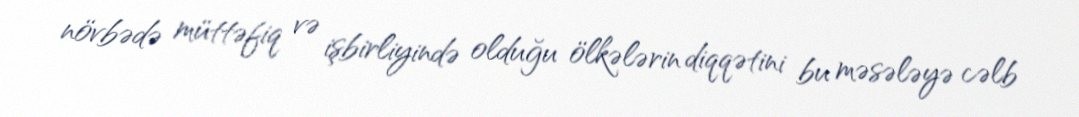
növbədə müttəfiq və işbirliyində olduğu ölkələrin diqqətini bu məsələyə cəlb